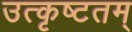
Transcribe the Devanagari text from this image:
उत्कृष्टतम्